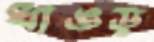
ধাঙড়